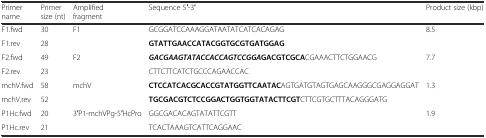
<table><thead><tr><td><b>Primer name</b></td><td><b>Primer size (nt)</b></td><td><b>Amplified fragment</b></td><td><b>Sequence 5′-3′</b></td><td><b>Product size (kbp)</b></td></tr></thead><tbody><tr><td>F1.fwd</td><td>30</td><td>F1</td><td>GCGGATCCAAAGGATAATATCATCACAGAG</td><td>8.5</td></tr><tr><td>F1.rev</td><td>28</td><td></td><td><b>GTATTGAACCATACGGTGCGTGATGGAG</b></td><td></td></tr><tr><td>F2.fwd</td><td>49</td><td>F2</td><td><b><i>GACGAAGTATACCACCAGTCCGGA</i></b><b>GACGTCGCA</b>CGAAACTTCTGGAACG</td><td>7.7</td></tr><tr><td>F2.rev</td><td>23</td><td></td><td>CTTCTTCATCTGCCCAGAACCAC</td><td></td></tr><tr><td>mchV.fwd</td><td>58</td><td>mchV</td><td><b>CTCCATCACGCACCGTATGGTTCAATAC</b>AGTGATGTAGTGAGCAAGGGCGAGGAGGAT</td><td>1.3</td></tr><tr><td>mchV.rev</td><td>52</td><td></td><td><b>TGCGACGTCTCCGGACTGGTGGTATACTTCGT</b>CTTCGTGCTTTACAGGGATG</td><td></td></tr><tr><td>P1Hc.fwd</td><td>20</td><td>3′P1-mchVPg-5′HcPro</td><td>GGCGACACAGTATATTCGTT</td><td>1.9 </td></tr><tr><td>P1Hc.rev</td><td>21</td><td></td><td>TCACTAAAGTCATTCAGGAAC</td><td></td></tr></tbody></table>